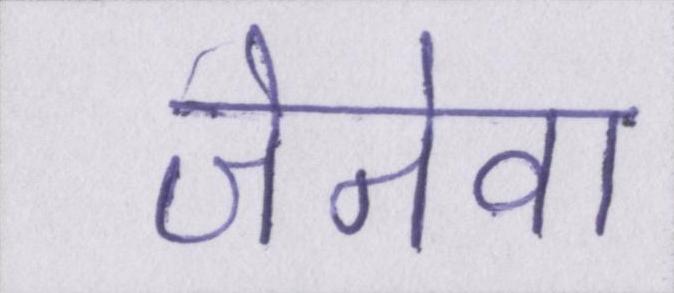
जेनेवा